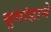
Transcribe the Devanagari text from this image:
युगांडाने